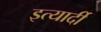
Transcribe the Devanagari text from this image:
इत्यार्दी